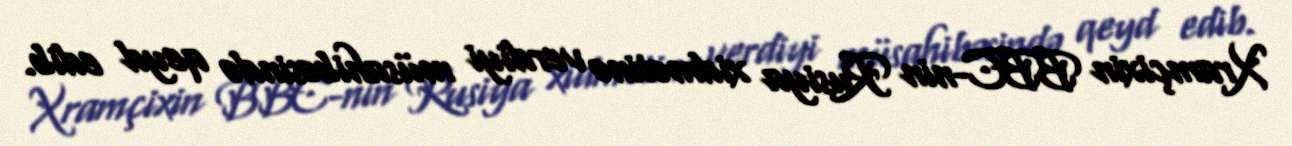
Xramçixin BBC-nin Rusiya xidmətinə verdiyi müsahibəsində qeyd edib.